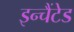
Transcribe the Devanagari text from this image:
इन्चैंटेड